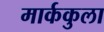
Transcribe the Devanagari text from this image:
मार्ककुला